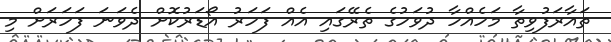
ތައާރަފުވިތާ މަހެއްހާ ދުވަހުގެ ތެރޭގައި އެއް ފަހަރު އޯޑަރުކޮށް ދެވަނަ ފަހަރަށް މި